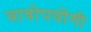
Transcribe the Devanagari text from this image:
यात्रोपयोगी